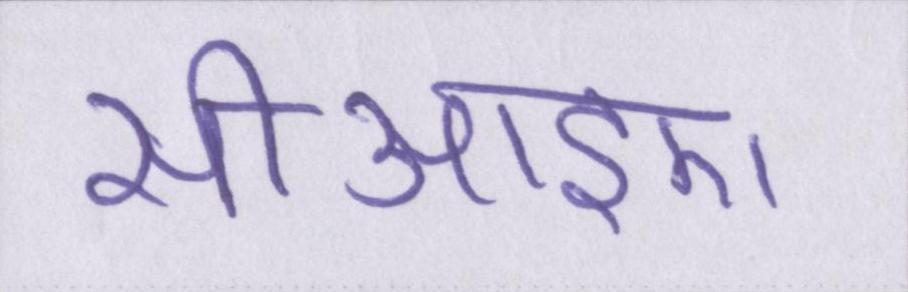
सीआइए